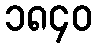
၁၈၄၀